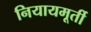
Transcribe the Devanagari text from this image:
नियायमूर्ती